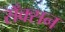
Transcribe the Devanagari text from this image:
सँक्सन